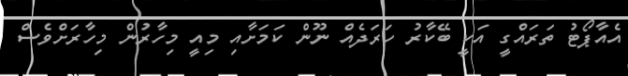
އެއާޕޯޓު ތަރައްގީ އަކީ ބޭކާރު ހަރަދެއް ނޫން ކަމަށާއި މިއީ މިހާރުން މިހާރަށްވެސް